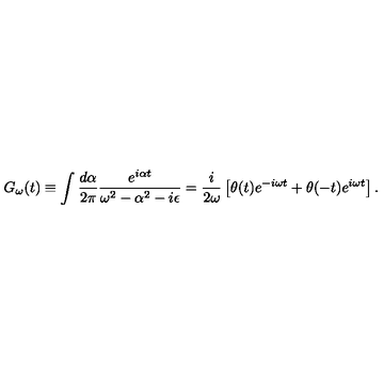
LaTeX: G _ { \omega } ( t ) \equiv \int \frac { d \alpha } { 2 \pi } \frac { e ^ { i \alpha t } } { \omega ^ { 2 } - \alpha ^ { 2 } - i \epsilon } = \frac { i } { 2 \omega } \left[ \theta ( t ) e ^ { - i \omega t } + \theta ( - t ) e ^ { i \omega t } \right] .